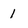
Character: 1